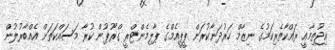
އިޖުތިމާއީ ރައްކާތެރިކަމުގެ ނިޒާމް ހަރުދަނާކުރަން ޕީޕީއެމްގެ ޕާލިމެންޓްރީ ގްރޫޕުން ކުރާ މަސައްކަތަށް އެއްބާރުލުން